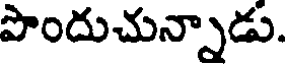
పొందుచున్నాడు.